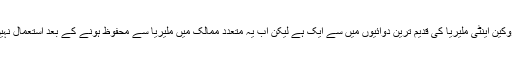
ہائیڈروکلوروکین اینٹی ملیریا کی قدیم ترین دوائیوں میں سے ایک ہے لیکن اب یہ متعدد ممالک میں ملیریا سے محفوظ ہونے کے بعد استعمال نہیں کی جاتی۔